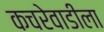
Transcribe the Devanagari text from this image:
कचरेवाडीला